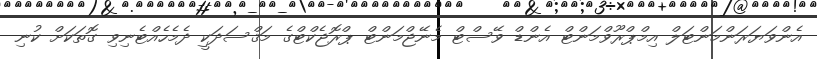
އެންވަޔަރަންމަންޓަލް އިމްޕްރޫވްމަންޓް އެންޑް ވޭސްޓް މެނޭޖްމަންޓް ޕްރޮޖެކްޓްގެ މަޤްސަދަކީ ދެމެހެއްޓެނިވި ގޮތަކަށް ކުނި